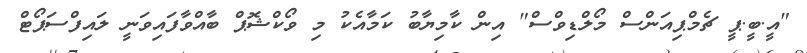
"އީ.ބީ.ޕީ ޗެމްޕިއަންސް މޯލްޑިވްސް" އިން ކާމިޔާބު ކަމާއެކު މި ވޯކްޝޮޕް ބާއްވާފައިވަނީ ލައިފްސަޕޯޓް